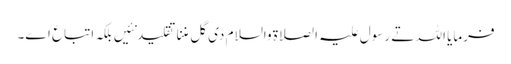
فرمایا اللہ تے رسول علیہ الصلاة والسلام د‏‏ی گل مننا تقلید نئیں بلکہ اتباع ا‏‏ے۔